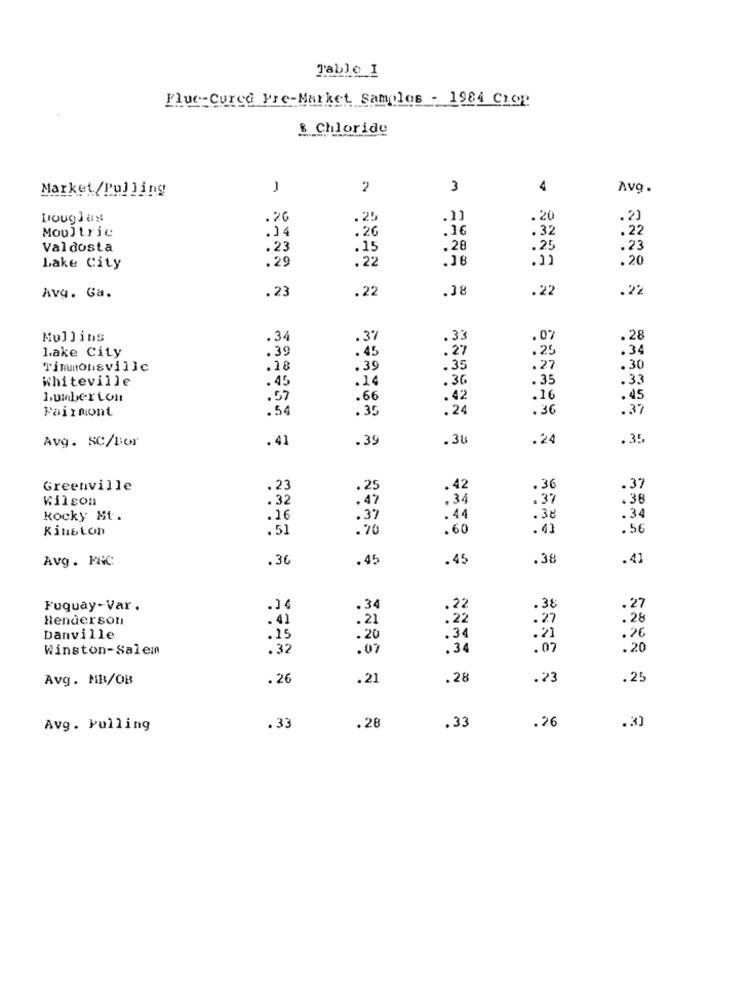
Table I
Flue-Cured Pre-Market Samples - 1984 Crep
& Chloride
Market/Pulling
-
2
3
4
Avo.
Douglas
.26
.25
.11
.20
.23
Moultrie
.14
.26
.32
.22
Valdosta
.23
15
.28
.25
.23
.29
. 22
.16
. 20
Lake City
.23
.22
.38
.22
.22
Avg. Ga.
Mullins
.34
.37
. 33
.07
.28
.39
. 45
.27
.25
.34
lake City
TimMonsville
.18
. 39
.35
.27
.30
whiteville
. 45
.14
.36
. 35
.33
Lumberton
.57
.66
.42
.16
.45
Fairmont
.54
.35
.24
.36
.37
Avg. SC/Bor
.41
.39
.38
.24
.35
Greenville
. 23
. 25
.42
.36
.37
Wilson
.32
. 47
.34
.37
.38
Kocky Mt.
.16
.37
.44
.38
.34
Kiuston
.51
.70
.60
.41
.56
Avg. FRC:
.36
.45
.45
.38
.41
.38
Fuquay-Var .
.34
.22
.27
Henderson
.41
.21
.22
.27
. 28
Danville
.15
.20
.34
.21
.26
Winston-Salem
.32
.07
.34
.07
.20
Avg. MB/OB
.26
.21
.28
.23
.25
Avg. Pulling
.33
.28
.33
.26
.30